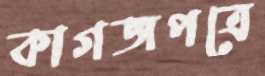
কাগজপত্রে